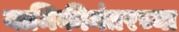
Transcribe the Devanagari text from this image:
यामिकीनंतरच्या